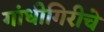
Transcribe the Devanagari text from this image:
गांधीगिरीचे